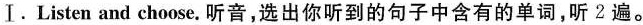
Ⅰ.Listen and choose. 听音,选出你听到的句子中含有的单词,听 2遍。